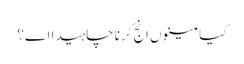
کیا مینوں انج کرنا چاہیدا اے؟